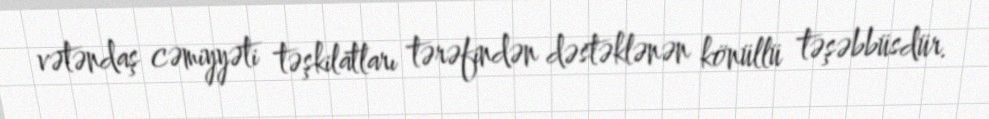
vətəndaş cəmiyyəti təşkilatları tərəfindən dəstəklənən könüllü təşəbbüsdür.